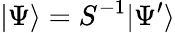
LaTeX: |\Psi\rangle=S^{-1}|\Psi^{\prime}\rangle